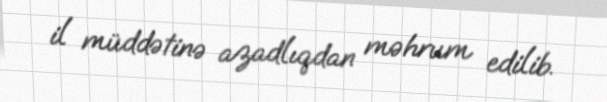
il müddətinə azadlıqdan məhrum edilib.